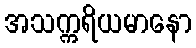
အသက္ကရိယမာနော